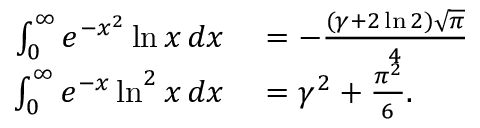
\begin{array} { r l } { \int _ { 0 } ^ { \infty } e ^ { - x ^ { 2 } } \ln x \, d x } & { { } = - { \frac { ( \gamma + 2 \ln 2 ) { \sqrt { \pi } } } { 4 } } } \\ { \int _ { 0 } ^ { \infty } e ^ { - x } \ln ^ { 2 } x \, d x } & { { } = \gamma ^ { 2 } + { \frac { \pi ^ { 2 } } { 6 } } . } \end{array}